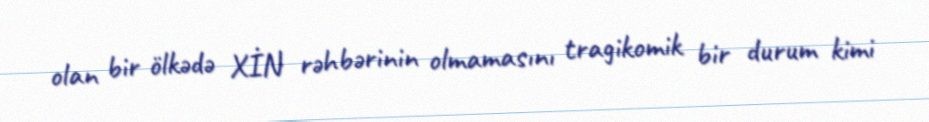
olan bir ölkədə XİN rəhbərinin olmamasını tragikomik bir durum kimi